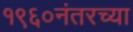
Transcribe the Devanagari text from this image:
१९६०नंतरच्या